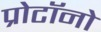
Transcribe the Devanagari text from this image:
प्रोटॉनो